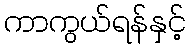
ကာကွယ်ရန်နှင့်